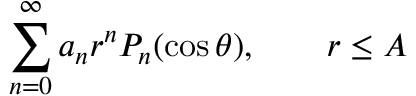
\sum _ { n = 0 } ^ { \infty } a _ { n } r ^ { n } P _ { n } ( \cos \theta ) , \qquad r \leq A